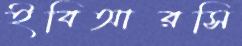
ইবিআরসি